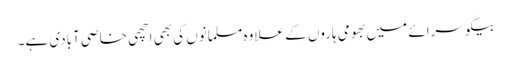
بیگو سرائے میں بھومی ہاروں کے علاوہ مسلمانوں کی بھی اچھی خاصی آبادی ہے۔